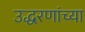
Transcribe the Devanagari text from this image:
उद्धरणांच्या